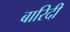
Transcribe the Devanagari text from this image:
बारिदी